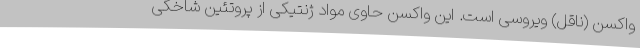
واکسن (ناقل) ویروسی است. این واکسن حاوی مواد ژنتیکی از پروتئین شاخکی